Indian journal of veterinary science and animal husbandry - Volume 7,
Year: 1937
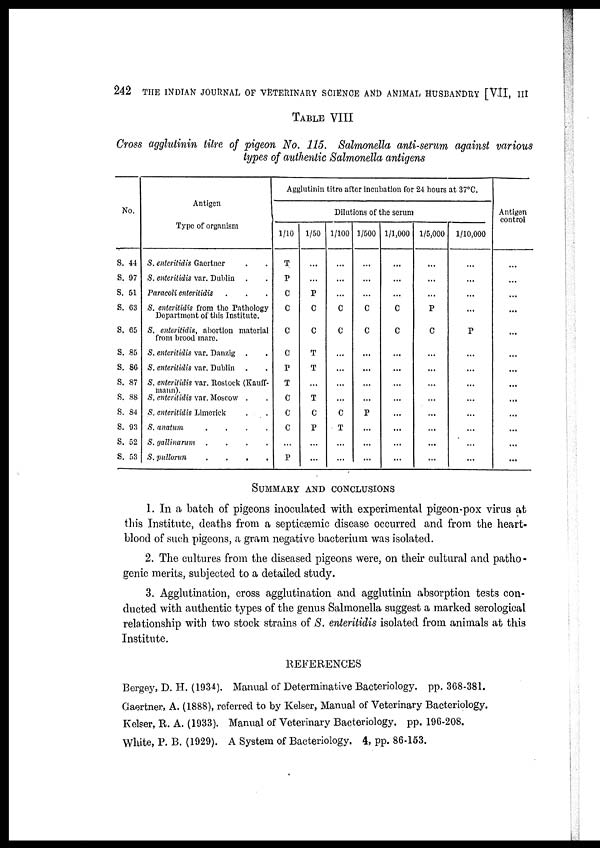
242 THE INDIAN JOURNAL OF VETERINARY SCIENCE AND ANIMAL HUSBANDRY [VII, III
TABLE VIII
Cross agglutinin titre of pigeon No. 115. Salmonella anti-serum against various
types of authentic Salmonella antigens
No.
S. 44
S. 97
S. 51
S. 63
S. 65
S. 85
S. 86
S. 87
S. 88
S. 84
S. 93
S. 52
S. 53
Antigen
Type of organism
S. enteritidis Gaertner . .
S. enteritidis var. Dublin . .
Paracoli enteritidis . . .
S. enteritidis from the Pathology
Department of this Institute.
S. enteritidis, abortion material
from brood mare.
S. enteritidis var. Danzig .
S. enteritidis var. Dublin
S. enteritidis var. Rostock (Kauff-
mann). S. enteritidis var. Moscow . .
S. enteritidis Limerick . .
S. anatum
.
.
.
.
S. gallinarum
.
.
.
.
S. pullorun
.
.
.
.
Agglutinin titre after incubation for 24 hours at 37°C.
Dilutions of the serum
1/10
T
P
C
C
C
C
P
T
C
C
C
...
P
1/50
...
...
P
C
C
T
T
...
T
C
P
...
...
1/100
...
...
...
C
C
...
...
...
...
C
T
...
...
1/500
...
...
...
C
C
...
...
...
...
P
...
...
...
1/1,000
...
...
...
C
C
...
...
...
...
...
...
...
1/5,000
...
...
...
P
C
...
...
...
...
...
...
...
1/10,000
...
...
...
...
P
...
...
...
...
...
...
...
Antigen
control
...
...
...
...
...
...
...
...
...
...
...
SUMMARY AND CONCLUSIONS
1. In a batch of pigeons inoculated with experimental pigeon-pox virus at
this Institute, deaths from a septicæmic disease occurred and from the heart-
blood of such pigeons, a gram negative bacterium was isolated.
2. The cultures from the diseased pigeons were, on their cultural and patho-
genic merits, subjected to a detailed study.
3. Agglutination, cross agglutination and agglutinin absorption tests con-
ducted with authentic types of the genus Salmonella suggest a marked serological
relationship with two stock strains of S. enteritidis isolated from animals at this
Institute.
REFERENCES
Bergey, D. H. (1934). Manual of Determinative Bacteriology. pp. 368-381.
Gaertner, A. (1888), referred to by Kelser, Manual of Veterinary Bacteriology.
Kelser, R. A. (1933). Manual of Veterinary Bacteriology. pp. 196-208.
White, P. B. (1929). A System of Bacteriology. 4, pp. 86-153.